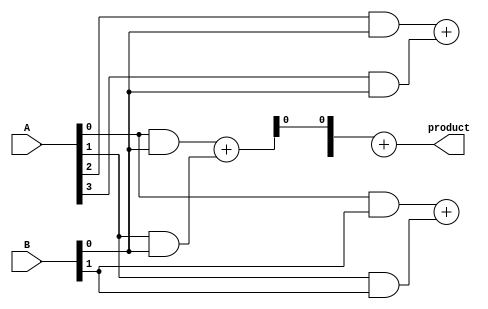
module wallace_tree_multiplier #(parameter A_WIDTH = 4, B_WIDTH = 4) (
    input  [A_WIDTH-1:0] A,
    input  [B_WIDTH-1:0] B,
    output [A_WIDTH + B_WIDTH - 1:0] product
);
    
    // Step 1: Partial Product Generation
    wire [A_WIDTH * B_WIDTH - 1:0] pp; // Partial product array
    generate 
        genvar i, j;
        for (i = 0; i < B_WIDTH; i = i + 1) begin : pp_gen
            for (j = 0; j < A_WIDTH; j = j + 1) begin
                assign pp[i * A_WIDTH + j] = A[j] & B[i]; // AND operation
            end
        end
    endgenerate

    // Step 2-4: Wallace Tree Reduction
    wire [A_WIDTH * B_WIDTH - 1:0] sum;
    wire [A_WIDTH * B_WIDTH - 1:0] carry;
    
    // Stage 1: First level of reduction using half adders and full adders
    generate 
        for (i = 0; i < B_WIDTH; i = i + 1) begin : stage_1
            // This example assumes a simple reduction, you can define your own cascading logic
            if (i < B_WIDTH - 1) begin
                // Example of combining pairs of partial products
                assign {carry[i * 2 + 1], sum[i * 2]} = pp[i * 2] + pp[i * 2 + 1]; // Full adder
            end else begin
                assign sum[i] = pp[i]; // Last column direct connection
            end
        end
    endgenerate

    // Continue implementing further stages as needed...

    // Final stage: producing final product
    wire [A_WIDTH + B_WIDTH - 1:0] final_sum;
    wire final_carry;

    // Adding the last stages together
    assign {final_carry, final_sum} = sum + carry; // Final addition

    assign product = final_sum;

endmodule